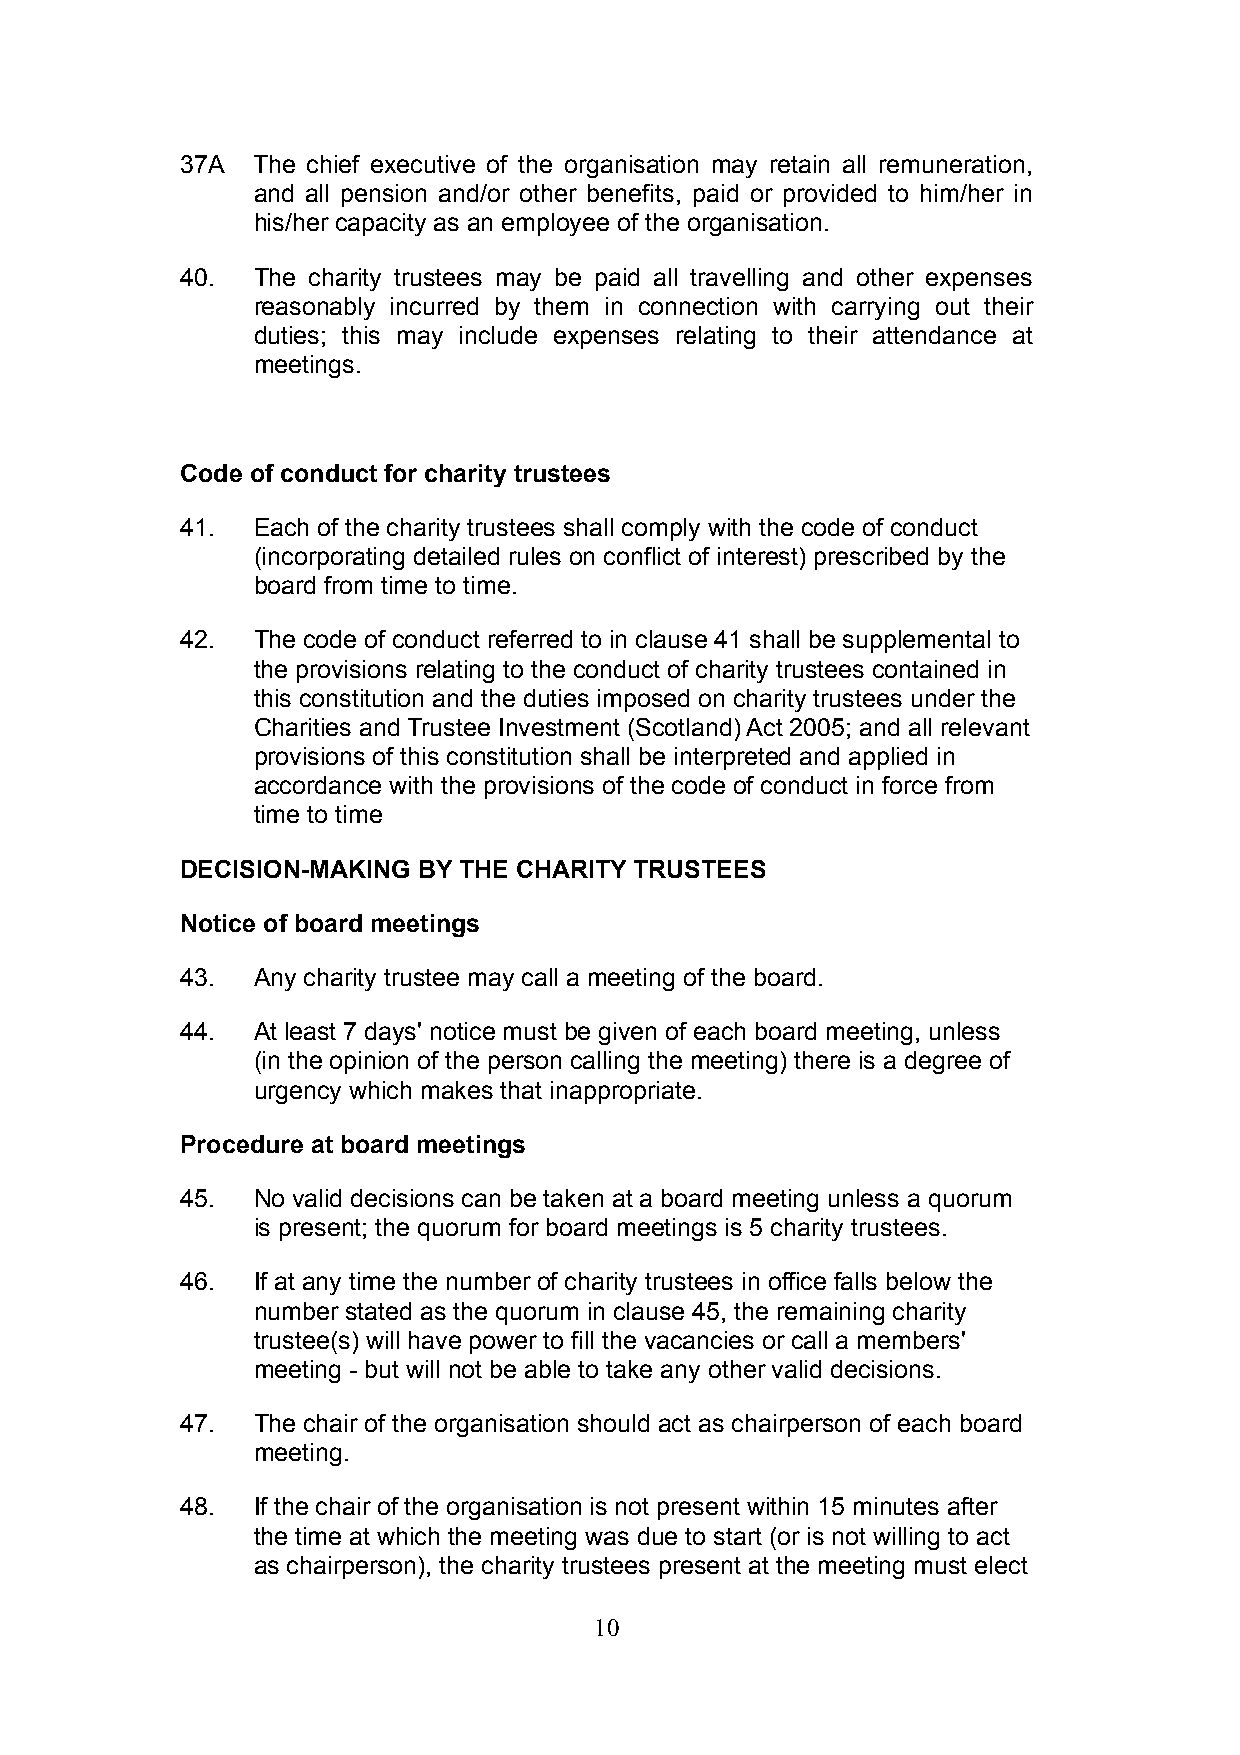
37A  The chief executive of the organisation may retain all remuneration,
 and all pension and/or other benefits, paid or provided to him/her in
 his/her capacity as an employee of the organisation.
 40.  The charity trustees may be paid all travelling and other expenses
 reasonably incurred by them in connection with carrying out their
 duties; this may include expenses relating to their attendance at
 meetings.
 Code of conduct for charity trustees
 41.  Each of the charity trustees shall comply with the code of conduct
 (incorporating detailed rules on conflict of interest) prescribed by the
 board from time to time.
 42.  The code of conduct referred to in clause 41 shall be supplemental to
 the provisions relating to the conduct of charity trustees contained in
 this constitution and the duties imposed on charity trustees under the
 Charities and Trustee Investment (Scotland) Act 2005; and all relevant
 provisions of this constitution shall be interpreted and applied in
 accordance with the provisions of the code of conduct in force from
 time to time
 DECISION-MAKING BY THE CHARITY TRUSTEES
 Notice of board meetings
 43.  Any charity trustee may call a meeting of the board.
 44.  At least 7 days' notice must be given of each board meeting, unless
 (in the opinion of the person calling the meeting) there is a degree of
 urgency which makes that inappropriate.
 Procedure at board meetings
 45.  No valid decisions can be taken at a board meeting unless a quorum
 is present; the quorum for board meetings is 5 charity trustees.
 46.  If at any time the number of charity trustees in office falls below the
 number stated as the quorum in clause 45, the remaining charity
 trustee(s) will have power to fill the vacancies or call a members'
 meeting - but will not be able to take any other valid decisions.
 47.  The chair of the organisation should act as chairperson of each board
 meeting.
 48.  If the chair of the organisation is not present within 15 minutes after
 the time at which the meeting was due to start (or is not willing to act
 as chairperson), the charity trustees present at the meeting must elect
 10